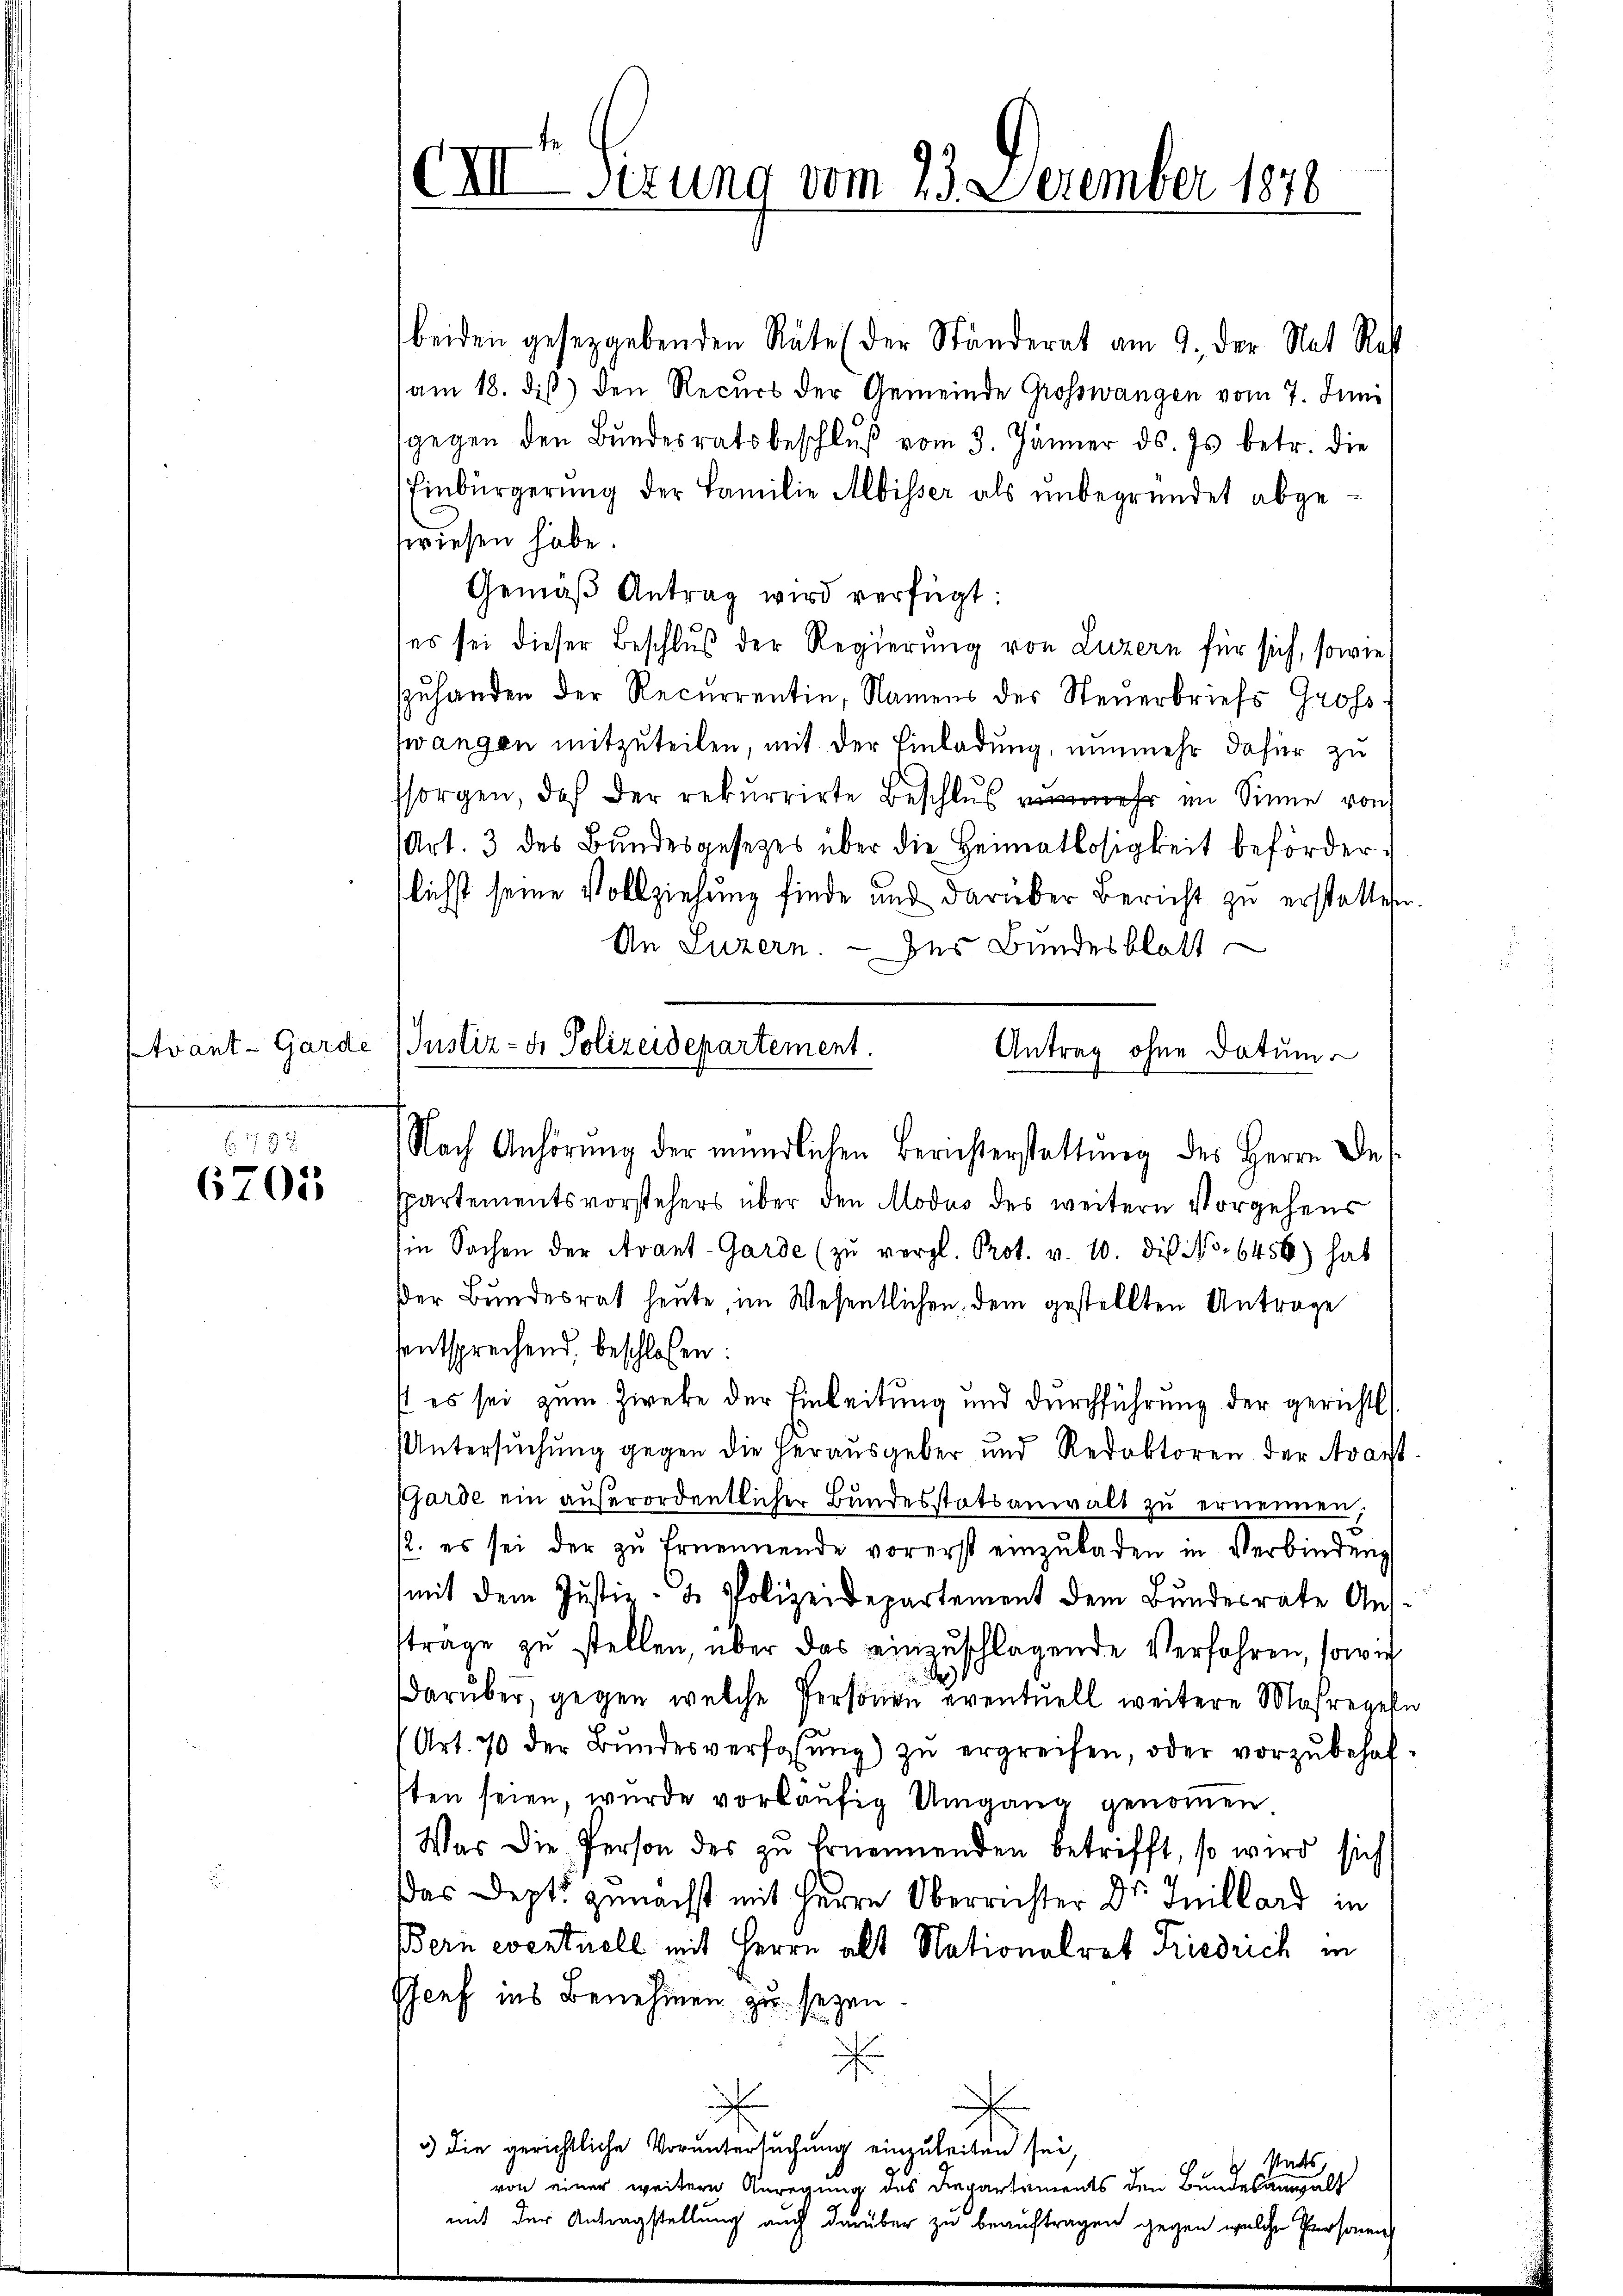
Er 1784
6705

beiden gesetzgebenden Räte (der Ständerat am 9. der Nat Rest
am 18. diß) den Recurs der Gemeinde Großwangen vom 7. Juni
gegen den Bundesratsbeschluß vom 3. Jänner ds. Js. betr. die
Einbürgerung der Familie Albisser als unbegründet abgeswiesen habe.
Gemäß Antrag wird verfügt:
ses sei dieser Beschluß der Regierung von Luzern für sich, sowie
szuhanden der Recurrentin, Namens des Steuerbriefs Gross
zwangen mitzuteilen, mit der Einladung, nunmehr dafür zu
sorgen, daß der rekurrirte Beschlus mehr im Sinne von
Art. 3 des Bundesgesetzes über die Heimatlosigkeit beförderlichst seine Vollziehung finde und darüber Bericht zŭ erstattet.
An Luzern. Der Bundesblatt
Ppartementsvorstehers über den Modus des weitern Vorgehens
in Sachen der Avant-Garde (zŭ vergl. Prot. v. 10. die No. 6456) hab
Der Bundesrat heute, im Wesentlichen, dem gestellten Antrage
sentsprechend, beschlossen:
st es sei zum Zwecke der Einleitung und durchführung der gerichts
Untersŭchŭng gegen die herausgeber und Redaktoren der Aracht
(Garde ein außerordentlicher Bundesstatsanwalt zŭ ernennen;
2. es sei der zu Ernennende vorerst einzuladen in Verbindung
mit dem Justiz- & Polizeidepartement dem Bundesrate Aus-
strage zŭ stellen, über das einzuschlagende Verfahren, sowie
de
darüber, gegen welche Personen eventuell weitere Maßregel
(Art. 70 der Bŭndesverfassŭng zŭ ergreifen, oder vorzŭbehaf-
ten seien, wurde vorläufig Umgang genommen
Was die Person des zŭ Ernennenden betrifft, so wird sich
Das Dept: zunächst mit Herrn Oberrichter Dr. Inillard in
Bern eventuell mit Herrn alt Nationalrat Friedrich in
Genf ins Benehmen zu seyen.
a
3) die gerichtliche Voruntersuchung einzuleiten sei,
 states,
von einer weitere Anregung des Departements den Bundesangalt
mit der Antragstellung auch darüber zu beauftragen gegen welche Personen

Cnirung vom 23. Dezember 1870

Avant-Garde (Justiz- & Polizeidepartement.
Antrag ohne Datum
Nach Anhörŭng der mündlichen Berichterstattŭng des Herrn De-